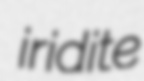
iridite